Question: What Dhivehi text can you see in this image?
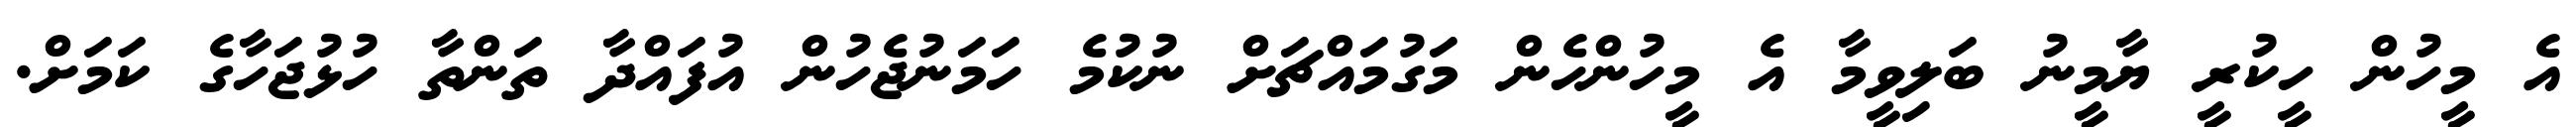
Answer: އެ މީހުން ހީކުރީ ޔާމީނު ބަލިވީމާ އެ މީހުންހެން މަގުމައްޗަށް ނުކުމެ ހަމަނުޖެހުން އުފައްދާ ތަންތާ ހުޅުޖަހާގެ ކަމަށް.